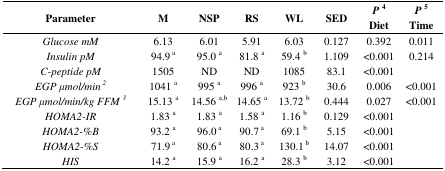
<table><thead><tr><td><b>Parameter</b></td><td><b>M</b></td><td><b>NSP</b></td><td><b>RS</b></td><td><b>WL</b></td><td><b>SED</b></td><td><b><i>P</i><sup>4</sup> Diet</b></td><td><b><i>P</i><sup>5</sup> Time</b></td></tr></thead><tbody><tr><td><i>Glucose mM</i></td><td>6.13</td><td>6.01</td><td>5.91</td><td>6.03</td><td>0.127</td><td>0.392</td><td>0.011</td></tr><tr><td><i>Insulin pM</i></td><td>94.9<sup> a</sup></td><td>95.0 <sup>a</sup></td><td>81.8 <sup>a</sup></td><td>59.4 <sup>b</sup></td><td>1.109</td><td>&lt;0.001</td><td>0.214</td></tr><tr><td><i>C-peptide pM</i></td><td>1505</td><td>ND</td><td>ND</td><td>1085</td><td>83.1</td><td>&lt;0.001</td><td></td></tr><tr><td><i>EGP μmol/min<sup> 2</sup></i></td><td>1041 <sup>a</sup></td><td>995 <sup>a</sup></td><td>996 <sup>a</sup></td><td>923 <sup>b</sup></td><td>30.6</td><td>0.006</td><td>&lt;0.001</td></tr><tr><td><i>EGP</i><i>μmol/min/kg FFM <sup>3</sup></i></td><td>15.13 <sup>a</sup></td><td>14.56 <sup>a,b</sup></td><td>14.65 <sup>a</sup></td><td>13.72 <sup>b</sup></td><td>0.444</td><td>0.027</td><td>&lt;0.001</td></tr><tr><td><i>HOMA2-IR</i></td><td>1.83 <sup>a</sup></td><td>1.83 <sup>a</sup></td><td>1.58 <sup>a</sup></td><td>1.16 <sup>b</sup></td><td>0.129</td><td>&lt;0.001</td><td></td></tr><tr><td><i>HOMA2-%B</i></td><td>93.2 <sup>a</sup></td><td>96.0<sup> a</sup></td><td>90.7<sup> a</sup></td><td>69.1 <sup>b</sup></td><td>5.15</td><td>&lt;0.001</td><td></td></tr><tr><td><i>HOMA2-%S</i></td><td>71.9<sup> a</sup></td><td>80.6<sup> a</sup></td><td>80.3<sup> a</sup></td><td>130.1<sup> b</sup></td><td>14.07</td><td>&lt;0.001</td><td></td></tr><tr><td><i>HIS</i></td><td>14.2 <sup>a</sup></td><td>15.9 <sup>a</sup></td><td>16.2 <sup>a</sup></td><td>28.3 <sup>b</sup></td><td>3.12</td><td>&lt;0.001</td><td></td></tr></tbody></table>